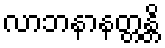
လာဘနာနတ္တန္တိ